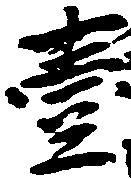
壱